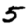
Digit: 5